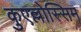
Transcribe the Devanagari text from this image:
कुएल्लोस्सिम